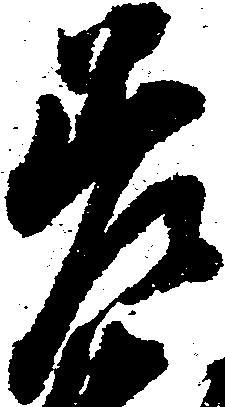
差